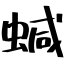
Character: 𧍧